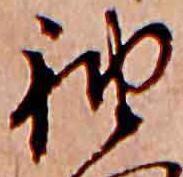
袖